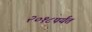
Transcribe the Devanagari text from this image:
२०१८पर्यंत